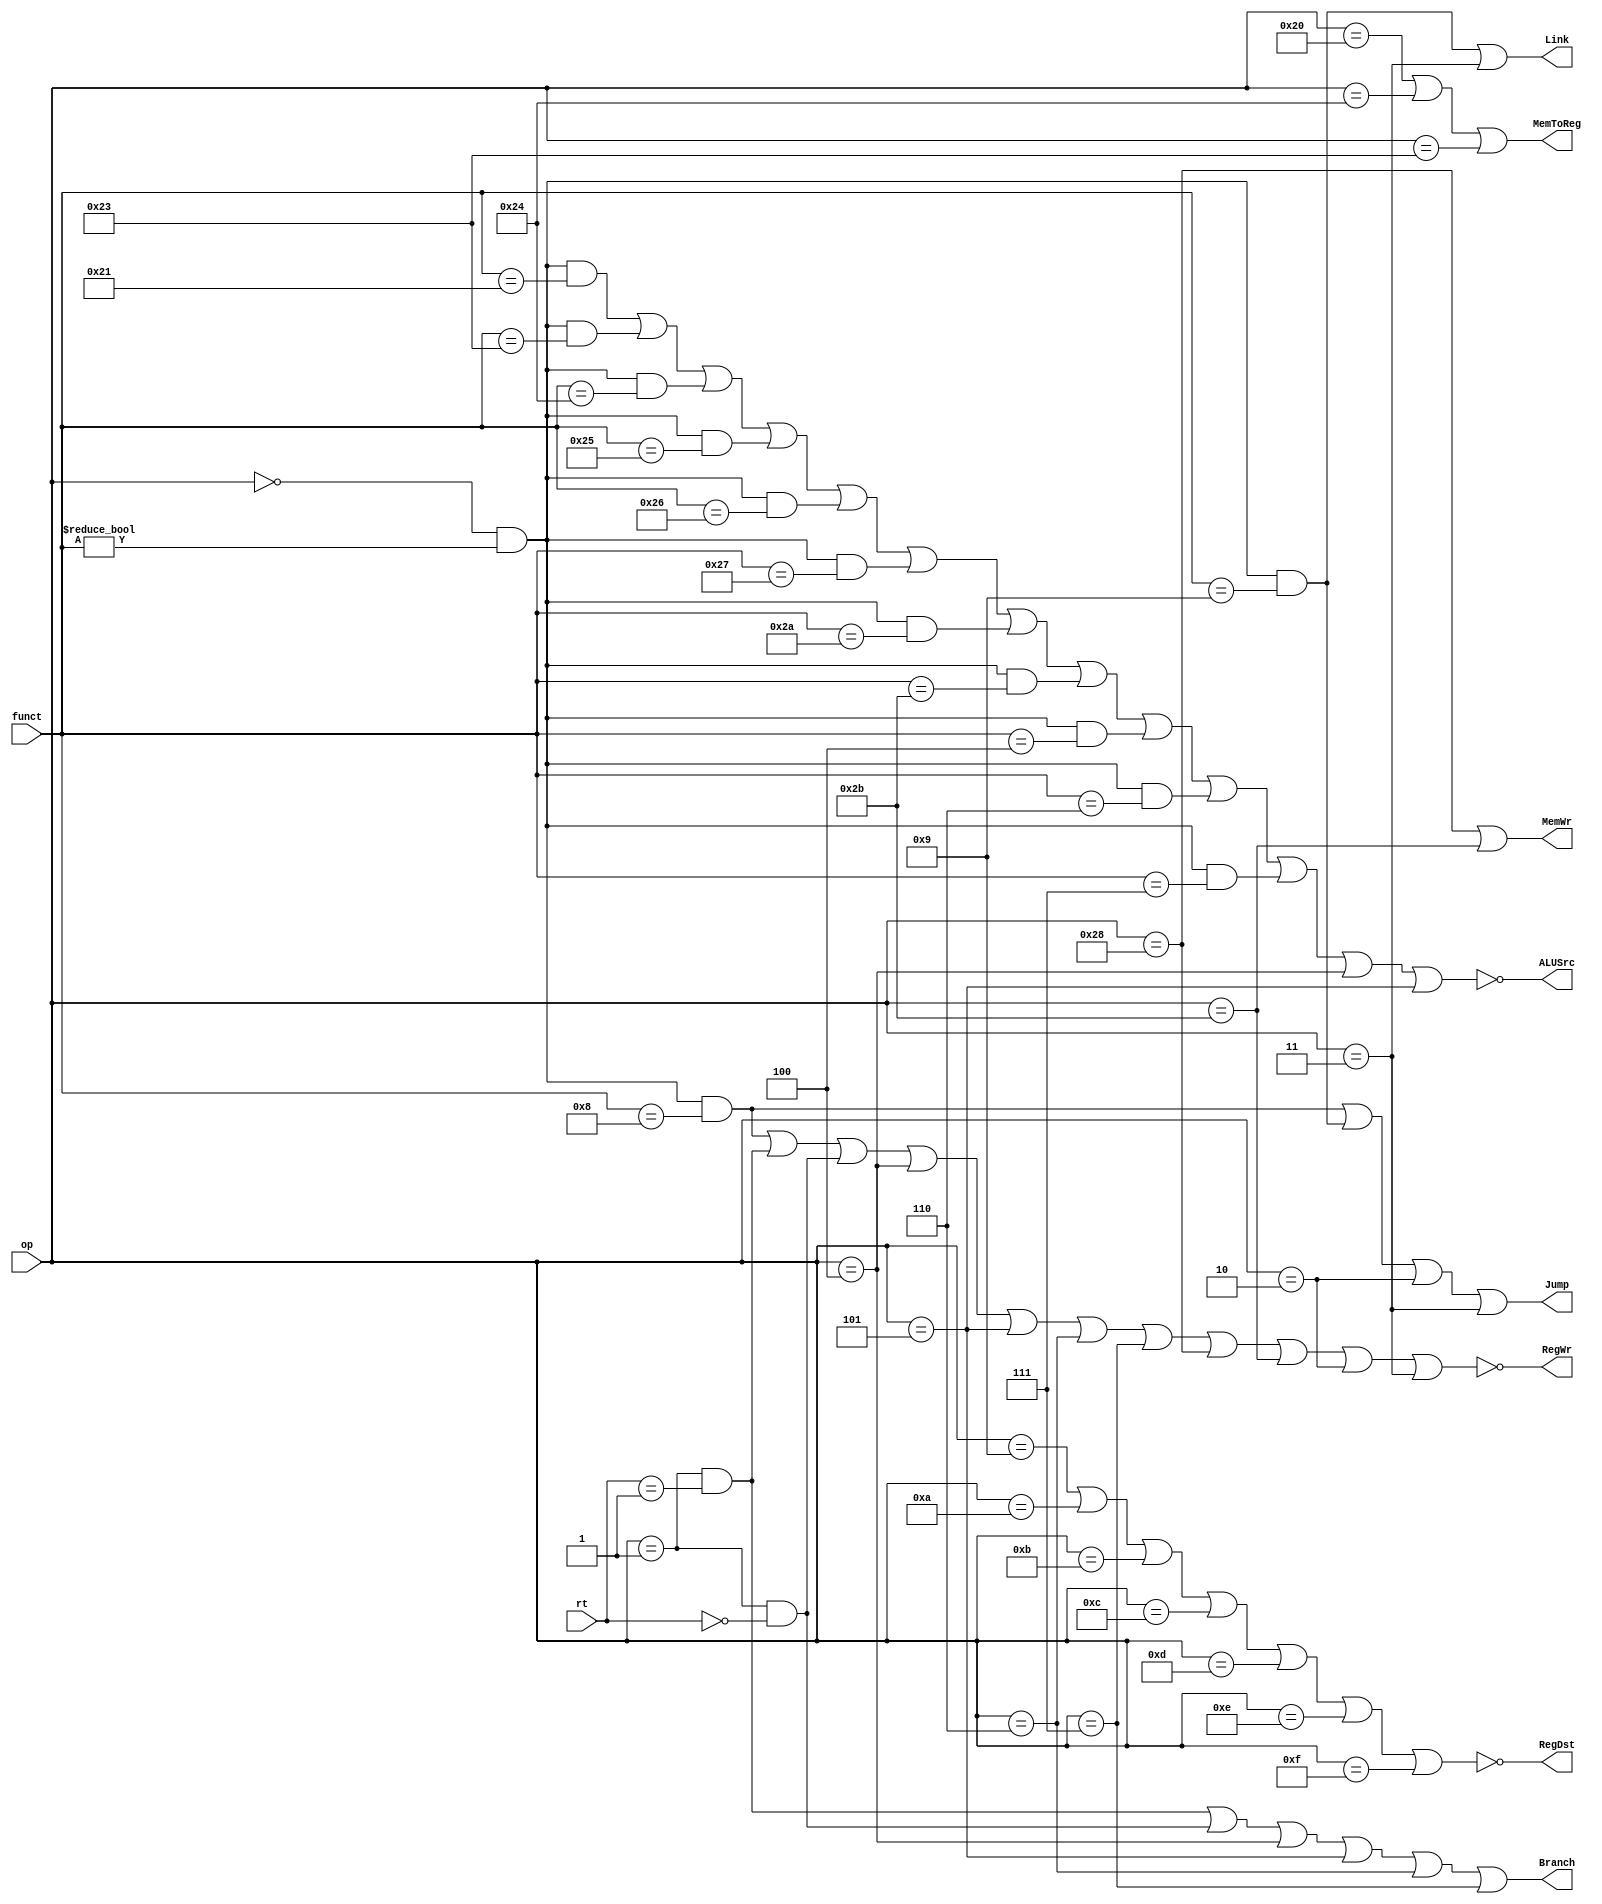
/*
  One Bit Signal Ctrl := Sub Controller for `One Bit Signal` (Except `Type`)
*/


module one_bit_signal_ctrl (
    input [5:0] op,
    input [4:0] rt,
    input [5:0] funct,
    output RegWr,
    output ALUSrc,
    output RegDst,
    output MemToReg,
    output MemWr,
    output Branch,
    output Jump,
    output Link
);

  assign RType = (op == 6'b000000) && (funct != 6'b000000);

  // >>> Distinguish.ForEach(Instruction) @Via.(Programmable Net)
  /* RType */
  wire _addu = RType && (funct == 6'b100001);
  wire _subu = RType && (funct == 6'b100011);
  wire _and = RType && (funct == 6'b100100);
  wire _or = RType && (funct == 6'b100101);
  wire _xor = RType && (funct == 6'b100110);
  wire _nor = RType && (funct == 6'b100111);
  wire _slt = RType && (funct == 6'b101010);
  wire _sltu = RType && (funct == 6'b101011);
  wire _sll = RType && (funct == 6'b000000);
  wire _srl = RType && (funct == 6'b000010);
  wire _sra = RType && (funct == 6'b000011);
  wire _sllv = RType && (funct == 6'b000100);
  wire _srlv = RType && (funct == 6'b000110);
  wire _srav = RType && (funct == 6'b000111);
  wire _jr = RType && (funct == 6'b001000);
  wire _jalr = RType && (funct == 6'b001001);
  /* IType */
  wire _bgez = (op == 6'b000001) && (rt == 5'b00001);
  wire _bltz = (op == 6'b000001) && (rt == 5'b00000);
  wire _addiu = (op == 6'b001001);
  wire _slti = (op == 6'b001010);
  wire _sltiu = (op == 6'b001011);
  wire _andi = (op == 6'b001100);
  wire _ori = (op == 6'b001101);
  wire _xori = (op == 6'b001110);
  wire _lui = (op == 6'b001111);
  wire _beq = (op == 6'b000100);
  wire _bne = (op == 6'b000101);
  wire _blez = (op == 6'b000110);
  wire _bgtz = (op == 6'b000111);
  wire _lb = (op == 6'b100000);
  wire _lbu = (op == 6'b100100);
  wire _sb = (op == 6'b101000);
  wire _lw = (op == 6'b100011);
  wire _sw = (op == 6'b101011);
  /* JType */
  wire _j = (op == 6'b000010);
  wire _jal = (op == 6'b000011);

  // >>> Assign(Signal.Which(OneBit))
  assign RegWr = ~(
    _jr || _bgez || _bltz || _beq || _bne || _blez || _bgtz || _sb ||
    _sw || _j || _jal
  );
  assign ALUSrc = ~(
    _addu || _subu || _and || _or || _xor || _nor || _slt || _sltu || _sllv ||
    _srlv || _srav || _beq || _bne
  );
  assign RegDst = ~(_addiu || _slti || _sltiu || _andi || _ori || _xori || _lui);
  assign MemToReg = _lb || _lbu || _lw;
  assign MemWr = _sb || _sw;
  assign Branch = _bgez || _bltz || _beq || _bne || _blez || _bgtz;
  assign Jump = _jr || _jalr || _j || _jal;
  assign Link = _jalr || _jal;

endmodule